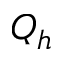
Q _ { h }